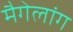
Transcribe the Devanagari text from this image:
मैगेलांग